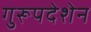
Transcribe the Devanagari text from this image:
गुरूपदेशेन